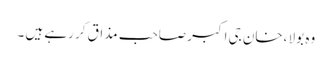
وہ بولا ،خان جی اکبر صاحب مذاق کر رہے ہیں ۔